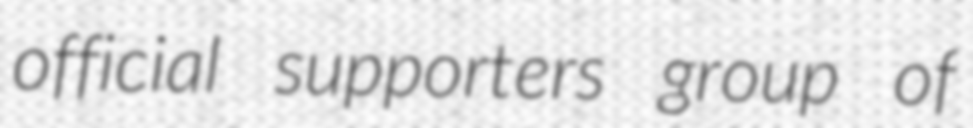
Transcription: official supporters group of